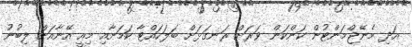
އަދި މެނޭޖްމަންޓުން ކަންކަން ވަރަށް ރަނގަޅަށް ބަލަހައްޓާ ކަމަށާއި މިއީ އޭނާއަށް ލިބުނު